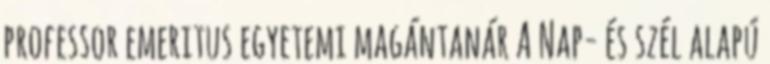
professor emeritus egyetemi magántanár A Nap- és szél alapú